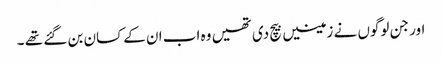
اور جن لوگوں نے زمینیں بیچ دی تھیں وہ اب ان کے کسان بن گئے تھے ۔